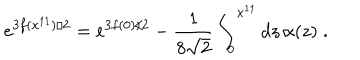
e ^ { 3 f ( x ^ { 1 1 } ) / 2 } = e ^ { 3 f ( 0 ) / 2 } - \frac { 1 } { 8 \sqrt { 2 } } \int _ { 0 } ^ { x ^ { 1 1 } } d z \, \alpha ( z ) \; .